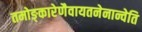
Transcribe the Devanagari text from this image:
तमोङ्कारेणैवायतनेनान्वेति